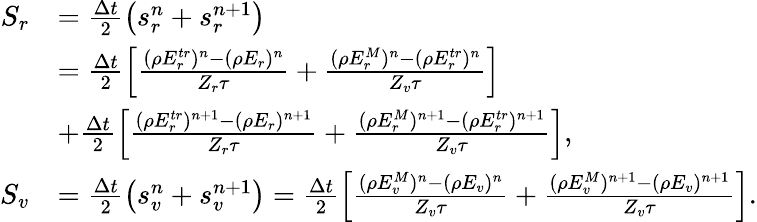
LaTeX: \begin{array}{rl}{S_{r}}&{=\frac{\Delta t}{2}\left(s_{r}^{n}+s_{r}^{n+1}\right)}\\ &{=\frac{\Delta t}{2}\left[\frac{(\rho E_{r}^{tr})^{n}-(\rho{E_{r}})^{n}}{Z_{r}\tau}+\frac{(\rho E_{r}^{M})^{n}-(\rho E_{r}^{tr})^{n}}{Z_{v}\tau}\right]}\\ &{+\frac{\Delta t}{2}\left[\frac{(\rho E_{r}^{tr})^{n+1}-(\rho{E_{r}})^{n+1}}{Z_{r}\tau}+\frac{(\rho E_{r}^{M})^{n+1}-(\rho E_{r}^{tr})^{n+1}}{Z_{v}\tau}\right],}\\ {S_{v}}&{=\frac{\Delta t}{2}\left(s_{v}^{n}+s_{v}^{n+1}\right)=\frac{\Delta t}{2}\left[\frac{(\rho E_{v}^{M})^{n}-(\rho E_{v})^{n}}{Z_{v}\tau}+\frac{(\rho E_{v}^{M})^{n+1}-(\rho E_{v})^{n+1}}{Z_{v}\tau}\right].}\end{array}